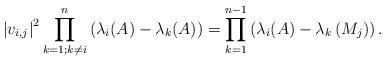
LaTeX: \begin{align*}\left|v_{i, j}\right|^{2} \prod_{k=1 ; k \neq i}^{n}\left(\lambda_{i}(A)-\lambda_{k}(A)\right)=\prod_{k=1}^{n-1}\left(\lambda_{i}(A)-\lambda_{k}\left(M_{j}\right)\right) .\end{align*}